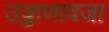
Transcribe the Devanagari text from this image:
उड्डाणावजा